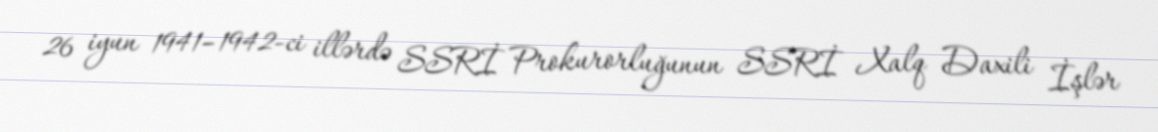
26 iyun 1941–1942-ci illərdə SSRİ Prokurorluğunun SSRİ Xalq Daxili İşlər